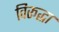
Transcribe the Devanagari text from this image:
विरूद्धा